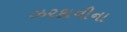
ઝરકાવીના